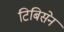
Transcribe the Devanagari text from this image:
टिबिसेन